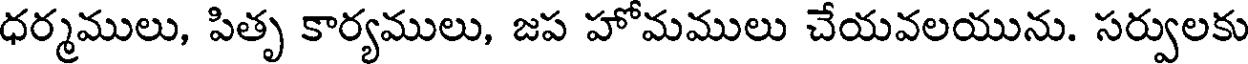
ధర్మములు, పితృ కార్యములు, జప హోమములు చేయవలయును. సర్వులకు